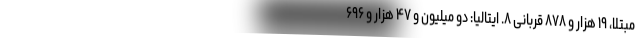
مبتلا، ۱۹ هزار و ۸۷۸ قربانی ۸. ایتالیا: دو میلیون و ۴۷ هزار و ۶۹۶